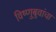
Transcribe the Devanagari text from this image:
विष्णुबुवांचा